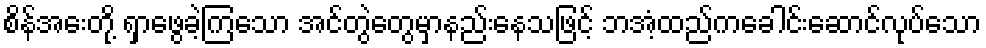
စိန်အေးတို့ ရှာဖွေခဲ့ကြသော အင်တွဲတွေမှာနည်းနေသဖြင့် ဘအံ့ထည်ကခေါင်းဆောင်လုပ်သော